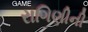
રાગિણીની